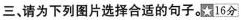
三、请为下列图片选择合适的句子.16分